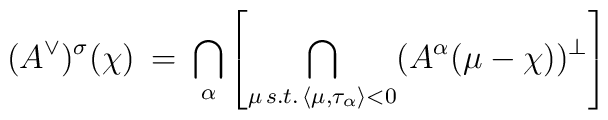
(A^{\vee})^{\sigma}(\chi) \: = \: \bigcap_{\alpha} \left[\bigcap_{\mu \, s.t. \, \langle \mu, \tau_{\alpha} \rangle < 0 }( A^{\alpha}(\mu - \chi) )^{\perp} \right]